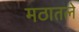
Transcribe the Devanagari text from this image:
मठातले